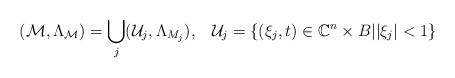
LaTeX: \begin{align*}(\mathcal{M},\Lambda_{\mathcal{M}})=\bigcup_j(\mathcal{U}_j,\Lambda_{M_j}),\,\,\,\,\, \mathcal{U}_j=\{(\xi_j,t)\in \mathbb{C}^n\times B||\xi_j|<1\}\end{align*}